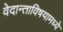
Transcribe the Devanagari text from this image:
वेदान्ताविषयामध्ये